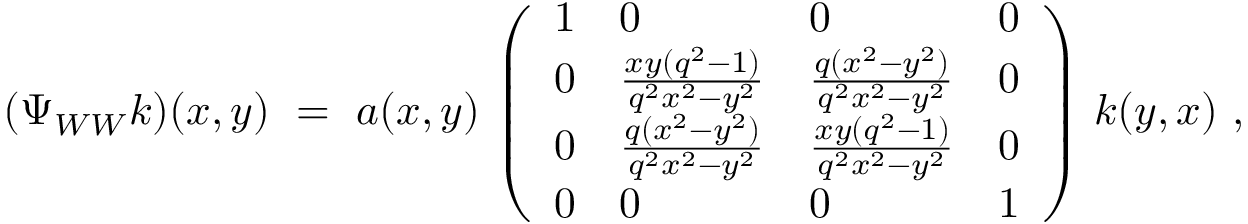
( \Psi _ { W W } k ) ( x , y ) \ = \ a ( x , y ) \, \left( \begin{array} { l l l l } { { 1 } } & { { 0 } } & { { 0 } } & { { 0 } } \\ { { 0 } } & { { \frac { x y ( q ^ { 2 } - 1 ) } { q ^ { 2 } x ^ { 2 } - y ^ { 2 } } } } & { { \frac { q ( x ^ { 2 } - y ^ { 2 } ) } { q ^ { 2 } x ^ { 2 } - y ^ { 2 } } } } & { { 0 } } \\ { { 0 } } & { { \frac { q ( x ^ { 2 } - y ^ { 2 } ) } { q ^ { 2 } x ^ { 2 } - y ^ { 2 } } } } & { { \frac { x y ( q ^ { 2 } - 1 ) } { q ^ { 2 } x ^ { 2 } - y ^ { 2 } } } } & { { 0 } } \\ { { 0 } } & { { 0 } } & { { 0 } } & { { 1 } } \end{array} \right) \, k ( y , x ) \ ,